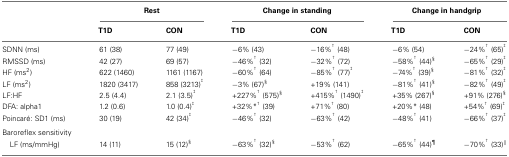
|  | <COLSPAN=2> Rest | <COLSPAN=2> Change in standing | <COLSPAN=2> Change in handgrip |
 |  | T1D | CON | T1D | CON | T1D | CON |
 | --- | --- | --- | --- | --- | --- | --- |
 | SDNN (ms) | 61 (38) | 77 (49) | −6% (43) | −16%† (48) | −6% (54) | −24%† (65)‡ |
 | RMSSD (ms) | 42 (27) | 69 (57) | −46%† (32) | −32%† (72) | −58%† (44)§ | −65%† (29)‡ |
 | HF (ms2) | 622 (1460) | 1161 (1167) | −60%† (64) | −85%† (77)‡ | −74%† (39)§ | −81%† (32)‡ |
 | LF (ms2) | 1820 (3417) | 858 (3213)‡ | −3% (67)§ | +19% (141) | −81%† (41)§ | −82%† (49)‡ |
 | LF:HF | 2.5 (4.4) | 2.1 (3.5)‡ | +227%† (575)§ | +415%† (1490)‡ | +35% (267)§ | +91% (276)§ |
 | DFA: alpha1 | 1.2 (0.6) | 1.0 (0.4)‡ | +32%*† (39) | +71%† (80) | +20%* (48) | +54%† (69)‡ |
 | Poincaré: SD1 (ms) | 30 (19) | 42 (34)‡ | −46%† (32) | −63%† (42) | −48%† (41) | −66%† (37)‡ |
 | Baroreflex sensitivity |
 | LF (ms/mmHg) | 14 (11) | 15 (12)§ | −63%† (32)§ | −53%† (62) | −65%† (44)¶ | −70%† (33)II |